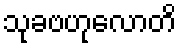
သုခဗဟုလောတိ